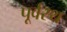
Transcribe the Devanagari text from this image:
पूर्वस्थ